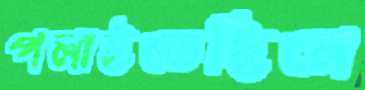
পলাইতেছিলে